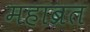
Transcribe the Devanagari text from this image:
महाब्रत